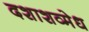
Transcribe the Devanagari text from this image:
दशाशव्मेध